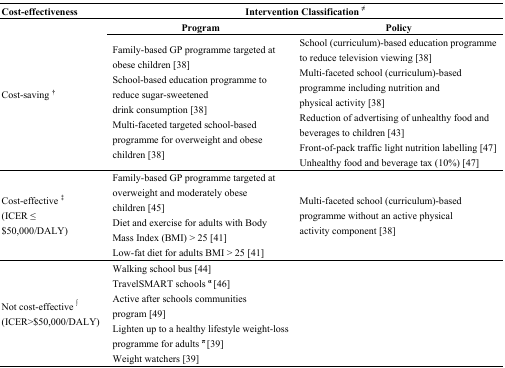
| Cost-effectiveness | <COLSPAN=2> Intervention Classification ≠ |
 | --- | --- | --- |
 | <ROWSPAN=2> Cost-saving † | Program | Policy |
 | Family-based GP programme targeted at obese children [38]School-based education programme to reduce sugar-sweetened drink consumption [38]Multi-faceted targeted school-based programme for overweight and obese children [38] | School (curriculum)-based education programme to reduce television viewing [38]Multi-faceted school (curriculum)-based programme including nutrition and physical activity [38]Reduction of advertising of unhealthy food and beverages to children [43]Front-of-pack traffic light nutrition labelling [47]Unhealthy food and beverage tax (10%) [47] |
 | Cost-effective ‡(ICER ≤ $50,000/DALY) | Family-based GP programme targeted at overweight and moderately obese children [45]Diet and exercise for adults with Body Mass Index (BMI) > 25 [41]Low-fat diet for adults BMI > 25 [41] | Multi-faceted school (curriculum)-based programme without an active physical activity component [38] |
 | Not cost-effective ∫(ICER>$50,000/DALY) | Walking school bus [44]TravelSMART schools α [46]Active after schools communities program [49]Lighten up to a healthy lifestyle weight-loss programme for adults π [39]Weight watchers [39] |  |